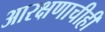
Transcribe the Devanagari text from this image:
आरक्षणाचीही